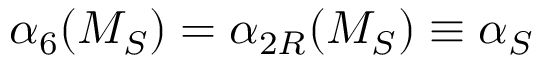
{ \alpha } _ { 6 } ( M _ { S } ) = { \alpha } _ { 2 R } ( M _ { S } ) \equiv { \alpha } _ { S }